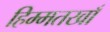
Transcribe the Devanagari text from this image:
हिम्मतखाँ